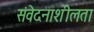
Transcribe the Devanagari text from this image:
संवेदनाशीलता